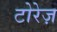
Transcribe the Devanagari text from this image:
टोरेज़